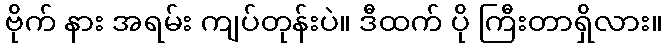
ဗိုက် နား အရမ်း ကျပ်တုန်းပဲ။ ဒီထက် ပို ကြီးတာရှိလား။